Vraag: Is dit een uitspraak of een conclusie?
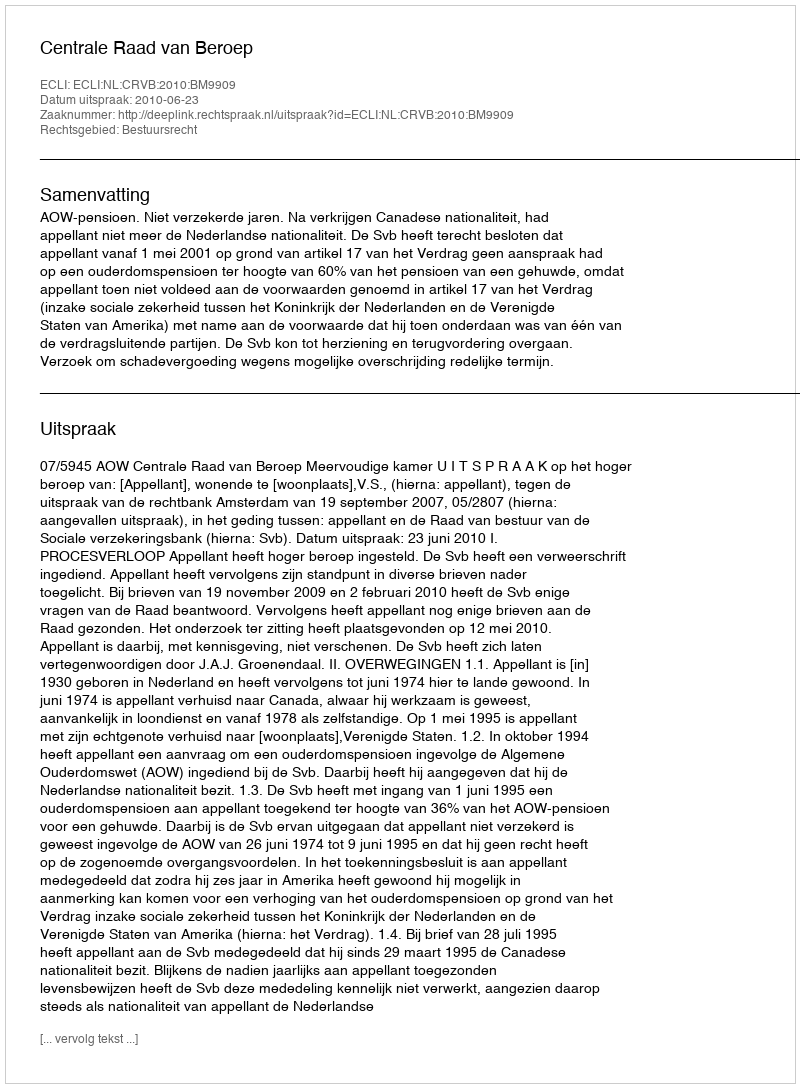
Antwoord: Uitspraak